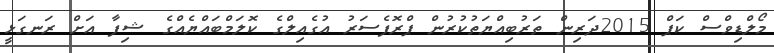
މޯލްޑިވްސް ކަޕް 2015ދަރިން ތަރުބިއްޔަތުކުރުން ޕްރޮފެސަރު އުގެއިލްގެ ކޮލަމްބައްޔެއްގެ ޝިފާ އަށް ރަނގަޅީ